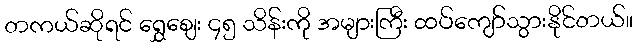
တကယ်ဆိုရင် ရွှေစျေး ၄၅ သိန်းကို အများကြီး ထပ်ကျော်သွားနိုင်တယ်။